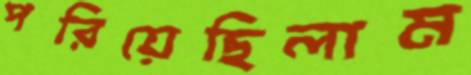
পরিয়েছিলাম